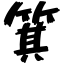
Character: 箕